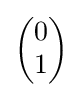
{\begin{pmatrix}0\\1\end{pmatrix}}